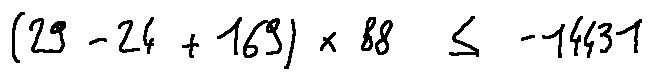
( 2 9 - 2 4 + 1 6 9 ) \times 8 8 \leq - 1 4 4 3 1